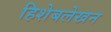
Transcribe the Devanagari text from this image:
हिशेबलेखन